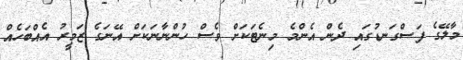
މާލޭގެ ފަސްގަނޑުގައި ދެން އެންމެ މިނެޓަކަށް ވެސް ހުންނާނަކަށް އޭނަގެ ޒަމީރު އެއްބަހެއް